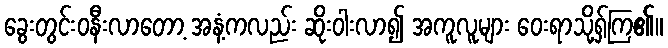
ခွေးတွင်းဝနီးလာတော့ အနံ့ကလည်း ဆိုးဝါးလာ၍ အကူလူများ ဝေးရာသို့ရှ်ကြ၏။